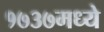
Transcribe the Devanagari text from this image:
१७३७मध्ये